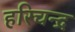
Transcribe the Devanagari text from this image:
हरिचन्द्र